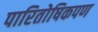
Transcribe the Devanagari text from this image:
पारितोषिकपण